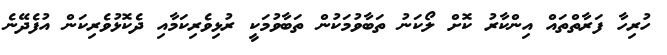
ހުރިހާ ފަރާތްތައް އިންކާރު ކޮށް ލޯކަނު ތަބާވުމަކުން ތަބާވުމަކީ ރުޅިވެރިކަމާއި ދެކޮޅުވެރިކަން އުފެދޭނެ